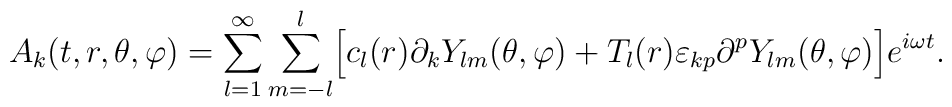
A_{k}(t,r,\theta,\varphi)=\sum_{l=1}^{\infty}\sum_{m=-l}^{l}\Bigr[c_{l}(r)\partial_{k}Y_{lm}(\theta,\varphi)+T_{l}(r)\varepsilon_{kp}\partial^{p}Y_{lm}(\theta,\varphi)\Bigr]e^{i \omega t}.